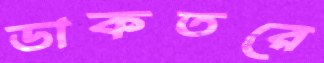
ডাকতরে